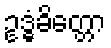
ဥဒ္ဓံခိတ္တော